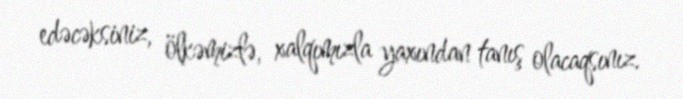
edəcəksiniz, ölkəmizlə, xalqımızla yaxından tanış olacaqsınız.